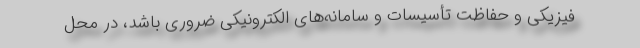
فیزیکی و حفاظت تأسیسات و سامانه‌های الکترونیکی ضروری باشد، در محل